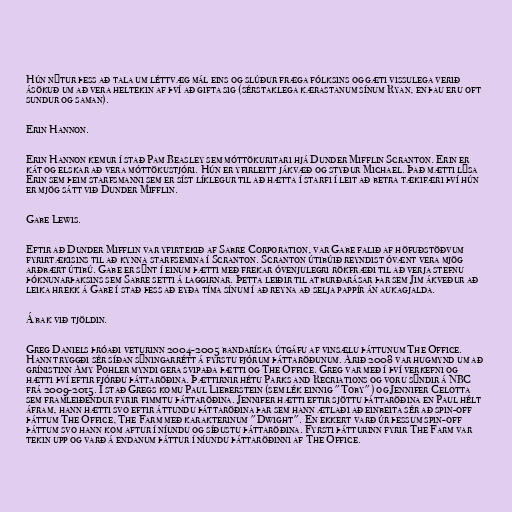
Hún nýtur þess að tala um léttvæg mál eins og slúður fræga fólksins og gæti vissulega verið
ásökuð um að vera heltekin af því að gifta sig (sérstaklega kærastanum sínum Ryan, en þau eru oft
sundur og saman).

Erin Hannon.

Erin Hannon kemur í stað Pam Beasley sem móttökuritari hjá Dunder Mifflin Scranton. Erin er
kát og elskar að vera móttökustjóri. Hún er yfirleitt jákvæð og styður Michael. Það mætti ​​lýsa
Erin sem þeim starfsmanni sem er síst líklegur til að hætta í starfi í leit að betra tækifæri því hún
er mjög sátt við Dunder Mifflin.

Gabe Lewis.

Eftir að Dunder Mifflin var yfirtekið af Sabre Corporation, var Gabe falið af höfuðstöðvum
fyrirtækisins til að kynna starfsemina í Scranton. Scranton útibúið reyndist óvænt vera mjög
arðbært útibú. Gabe er sýnt í einum þætti með frekar óvenjulegri rökfræði til að verja stefnu
þóknunarþaksins sem Sabre setti á laggirnar. Þetta leiðir til atburðarásar þar sem Jim ákveður að
leika hrekk á Gabe í stað þess að eyða tíma sínum í að reyna að selja pappír án aukagjalda.

Á bak við tjöldin.

Greg Daniels þróaði veturinn 2004-2005 bandaríska útgáfu af vinsælu þáttunum The Office.
Hann tryggði sér síðan sýningarrétt á fyrstu fjórum þáttaröðunum. Árið 2008 var hugmynd um að
grínistinn Amy Pohler myndi gera svipaða þætti og The Office. Greg var með í því verkefni og
hætti því eftir fjórðu þáttaröðina. Þættirnir hétu Parks and Recriations og voru sýndir á NBC
frá 2009-2015. Í stað Gregs komu Paul Lieberstein (sem lék einnig "Toby") og Jennifer Celotta
sem framleiðendur fyrir fimmtu þáttaröðina. Jennifer hætti eftir sjöttu þáttaröðina en Paul hélt
áfram, hann hætti svo eftir áttundu þáttaröðina þar sem hann ætlaði að einbeita sér að spin-off
þáttum The Office, The Farm með karakterinum "Dwight". En ekkert varð úr þessum spin-off
þáttum svo hann kom aftur í níundu og síðustu þáttaröðina. Fyrsti þátturinn fyrir The Farm var
tekin upp og varð á endanum þáttur í níundu þáttaröðinni af The Office.